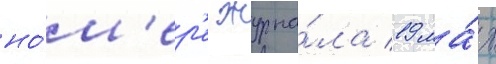
но́м'ер'е журна́ла 19 ма́я